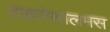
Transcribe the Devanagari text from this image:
हाइपोथालमस